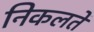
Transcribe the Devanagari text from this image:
निकलतें